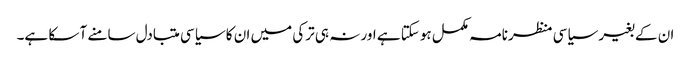
ان کے بغیر سیاسی منظرنامہ مکمل ہوسکتا ہے اور نہ ہی ترکی میں ان کا سیاسی متبادل سامنے آ سکا ہے۔